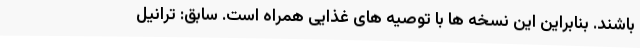
باشند. بنابراین این نسخه ها با توصیه های غذایی همراه است. سابق: ترانیل